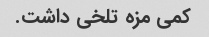
کمی مزه تلخی داشت.